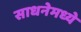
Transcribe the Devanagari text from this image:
साधनेमध्ये